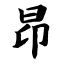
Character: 昂